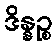
ဒိန္နဉ္စ